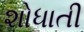
શોધાતી